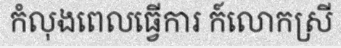
កំលុងពេលធ្វើការ ក៍លោកស្រី